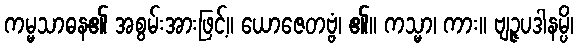
ကမ္မသာဓန၏ အစွမ်းအားဖြင့်။ ယောဇေတဗ္ဗံ၊ ၏။ ကသ္မာ၊ ကား။ ဗျဉ္ဇပဒါနမ္ပိ၊